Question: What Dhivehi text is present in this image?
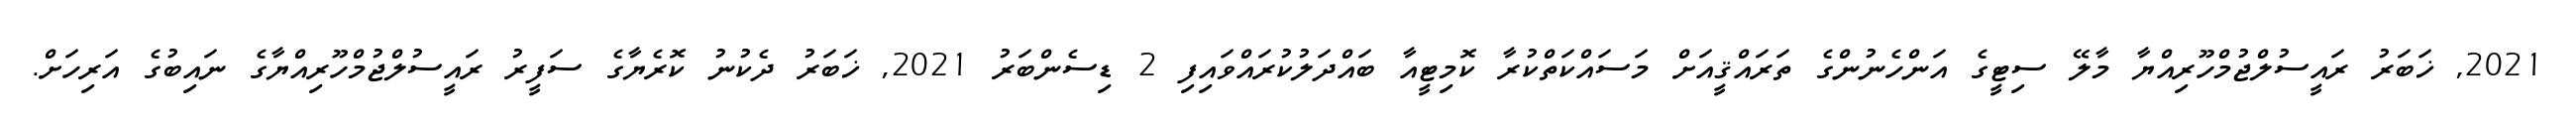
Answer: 2021, ޚަބަރު ރައީސުލްޖުމްހޫރިއްޔާ މާލޭ ސިޓީގެ އަންހެނުންގެ ތަރައްޤީއަށް މަސައްކަތްކުރާ ކޮމިޓީއާ ބައްދަލުކުރައްވައިފި 2 ޑިސެންބަރު 2021, ޚަބަރު ދެކުނު ކޮރެޔާގެ ސަފީރު ރައީސުލްޖުމްހޫރިއްޔާގެ ނައިބުގެ އަރިހަށް.